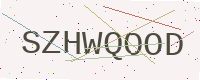
Text: SZHWQOOD